Insane asylums in Bengal annual reports 1876-1887 - 1876-1887
Year: 1876
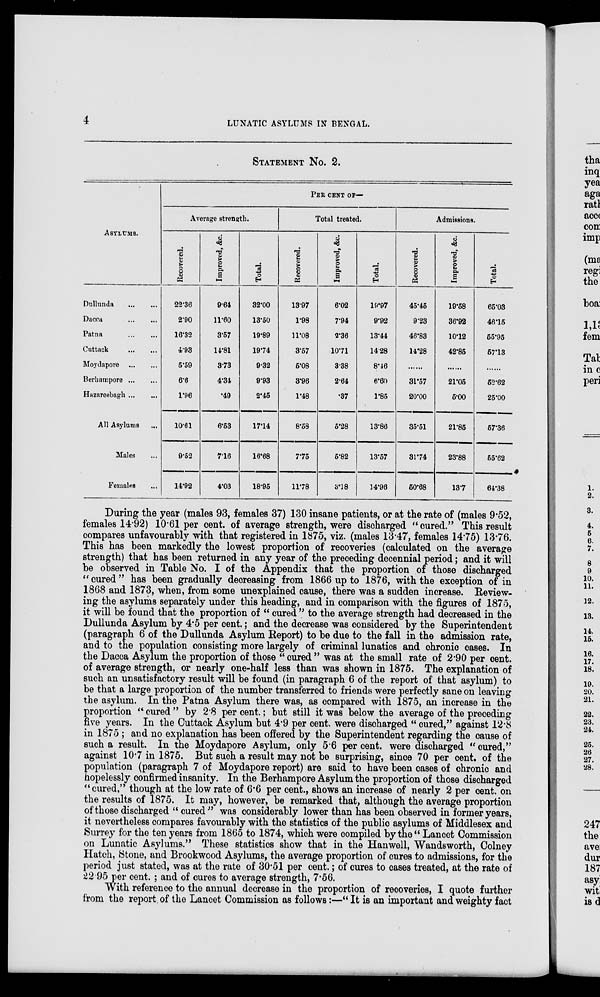
4
LUNATIC ASYLUMS IN BENGAL.
Statement No. 2.
Asylums.
Dullunda ... ...
Dacca
...
...
Patna
...
...
Cuttack
...
...
Moydapore
...
...
Berhampore ... ...
Hazareebagh ... ...
All Asylums ... ...
Males ...
Females ...
Pee cent of—
Average strength.
Recovered.
22.36
2.90
16.32
4.93
5.59
6.6
1.96
10.61
9.52
14.92
Improved, &c.
9.64
11.60
3.57
14.81
3.73
4.34
.49
6.53
7.16
4.03
Total.
32.00
13.50
19.89
19.74
9.32
9.93
2.45
17.14
16.68
18.95
Total treated.
Recovered.
13.97
1.98
11.08
3.57
5.08
3.96
1.48
8.58
7.75
11.78
Improved, &c.
6.02
7.94
2.36
10.71
3.38
2.64
.37
5.28
5.82
3.18
Total.
19.97
9.92
13.44
14.28
8.46
6.60
1.85
13.86
13.57
14.96
Admissions.
Recovered.
45.45
9.23
46.83
14.28
......
31.57
20.00
35.51
31.74
50.68
Improved, &c.
19.58
36.92
10.12
42.85
......
21.05
5.00
21.85
23.88
13.7
Total.
65.03
46.15
55.95
57.13
......
52.62
25.00
57.36
55.62
64.38
During the year (males 93, females 37) 130 insane patients, or at the rate of (males 9.52,
females 14.92) 10.61 per cent. of average strength, were discharged “ cured.” This result
compares unfavourably with that registered in 1875, viz. (males 13.47, females 14.75) 13.76.
This has been markedly the lowest proportion of recoveries (calculated on the average
strength) that has been returned in any year of the preceding decennial period; and it will
be observed in Table No. I of the Appendix that the proportion of those discharged
“ cured ” has been gradually decreasing from 1866 up to 1876, with the exception of in
1868 and 1873, when, from some unexplained cause, there was a sudden increase. Review-
ing the asylums separately under this heading, and in comparison with the figures of 1875,
it will be found that the proportion of “ cured ” to the average strength had decreased in the
Dullunda Asylum by 4.5 per cent.; and the decrease was considered by the Superintendent
(paragraph 6 of the Dullunda Asylum Report) to be due to the fall in the admission rate,
and to the population consisting more largely of criminal lunatics and chronic cases. In
the Dacca Asylum the proportion of those “ cured ” was at the small rate of 2.90 per cent.
of average strength, or nearly one-half less than was shown in 1875. The explanation of
such an unsatisfactory result will be found (in paragraph 6 of the report of that asylum) to
be that a large proportion of the number transferred to friends were perfectly sane on leaving
the asylum. In the Patna Asylum there was, as compared with 1875, an increase in the
proportion “ cured ” by 2.8 per cent.; but still it was below the average of the preceding
five years. In the Cuttack Asylum but 4.9 per cent. were discharged “ cured,” against 12.8
in 1875 ; and no explanation has been offered by the Superintendent regarding the cause of
such a result. In the Moydapore Asylum, only 5.6 per cent. were discharged “ cured,”
against 10.7 in 1875. But such a result may not be surprising, since 70 per cent. of the
population (paragraph 7 of Moydapore report) are said to have been cases of chronic and
hopelessly confirmed insanity. In the Berhampore Asylum the proportion of those discharged
“cured,” though at the low rate of 6.6 per cent., shows an increase of nearly 2 per cent. on
the results of 1875. It may, however, be remarked that, although the average proportion
of those discharged “ cured” was considerably lower than has been observed in former years,
it nevertheless compares favourably with the statistics of the public asylums of Middlesex and
Surrey for the ten years from 1865 to 1874, which were compiled by the “ Lancet Commission
on Lunatic Asylums." These statistics show that in the Hanwell, Wandsworth, Colney
Hatch, Stone, and Brookwood Asylums, the average proportion of cures to admissions, for the
period just stated, was at the rate of 30.51 per cent.; of cures to cases treated, at the rate of
22.95 per cent. ; and of cures to average strength, 7.56.
With reference to the annual decrease in the proportion of recoveries, I quote further
from the report of the Lancet Commission as follows:—" It is an important and weighty fact